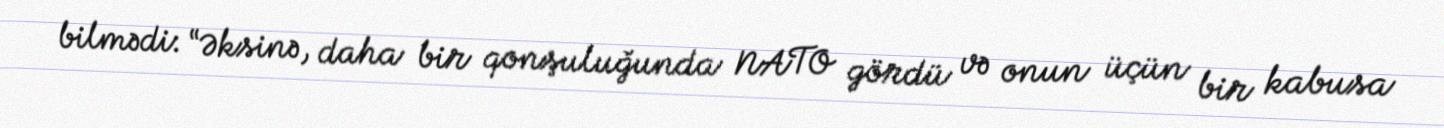
bilmədi: “Əksinə, daha bir qonşuluğunda NATO gördü və onun üçün bir kabusa